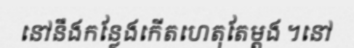
នៅនឹងកន្លែងកើតហេតុតែម្តង ។នៅ